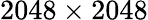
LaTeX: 2048\times 2048